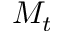
M _ { t }